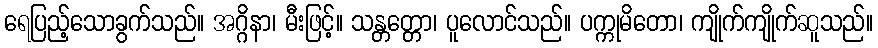
ရေပြည့်သောခွက်သည်။ အဂ္ဂိနာ၊ မီးဖြင့်။ သန္တတ္တော၊ ပူလောင်သည်။ ပက္ကုမိတော၊ ကျိုက်ကျိုက်ဆူသည်။